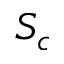
S _ { c }